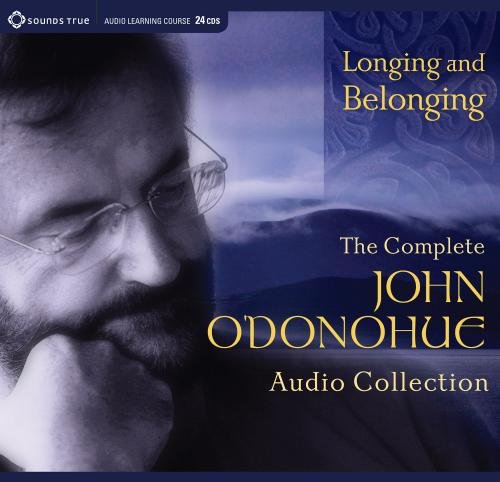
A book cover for Longing and Belonging: The Complete John O'Donohue Audio Collection; John O'Donohue; Religion & Spirituality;